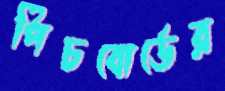
পিচবোর্ডের